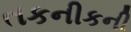
તકનીકની